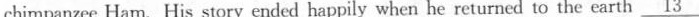
chimpanzee Ham. His story ended happily when he returned to the earth